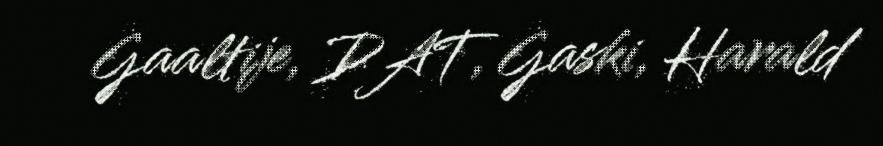
Gaaltije, DAT, Gaski, Harald